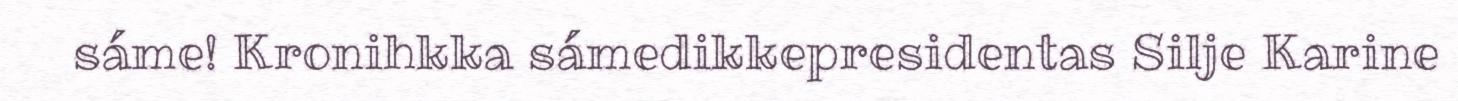
sáme! Kronihkka sámedikkepresidentas Silje Karine